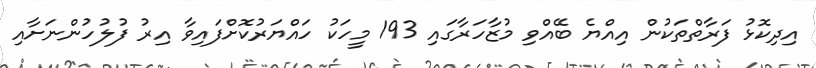
އިދިކޮޅު ފަރާތްތަކުން އިއްޔެ ބޭއްވި މުޒާހަރާގައި 193 މީހަކު ހައްޔަރުކޮށްފައިވާ އިރު ފުލުހުންނަށާއި